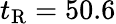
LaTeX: t_{\mathrm{R}}=50.6